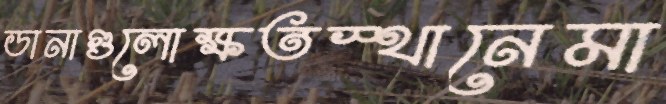
ডানাগুলোক্ষতস্থানেমা